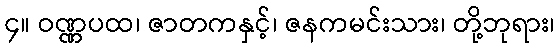
၄။ ဝဏ္ဏပထ၊ ဇာတကနှင့်၊ ဇနကမင်းသား၊ တို့ဘုရား၊